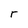
Character: r